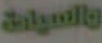
والسيارة